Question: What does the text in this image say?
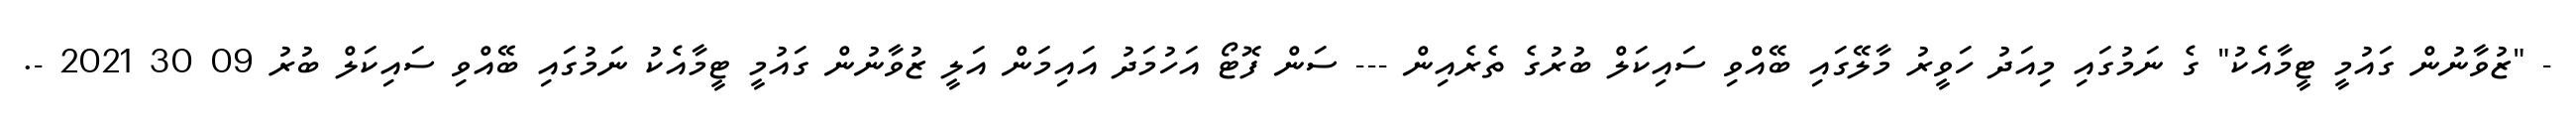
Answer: - "ޒުވާނުން ގައުމީ ޓީމާއެކު" ގެ ނަމުގައި މިއަދު ހަވީރު މާލޭގައި ބޭއްވި ސައިކަލް ބުރުގެ ތެރެއިން --- ސަން ފޮޓޯ އަހުމަދު އައިމަން އަލީ ޒުވާނުން ގައުމީ ޓީމާއެކު ނަމުގައި ބޭއްވި ސައިކަލް ބުރު 09 30 2021 -.